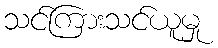
သင်ကြားသင်ယူမှု